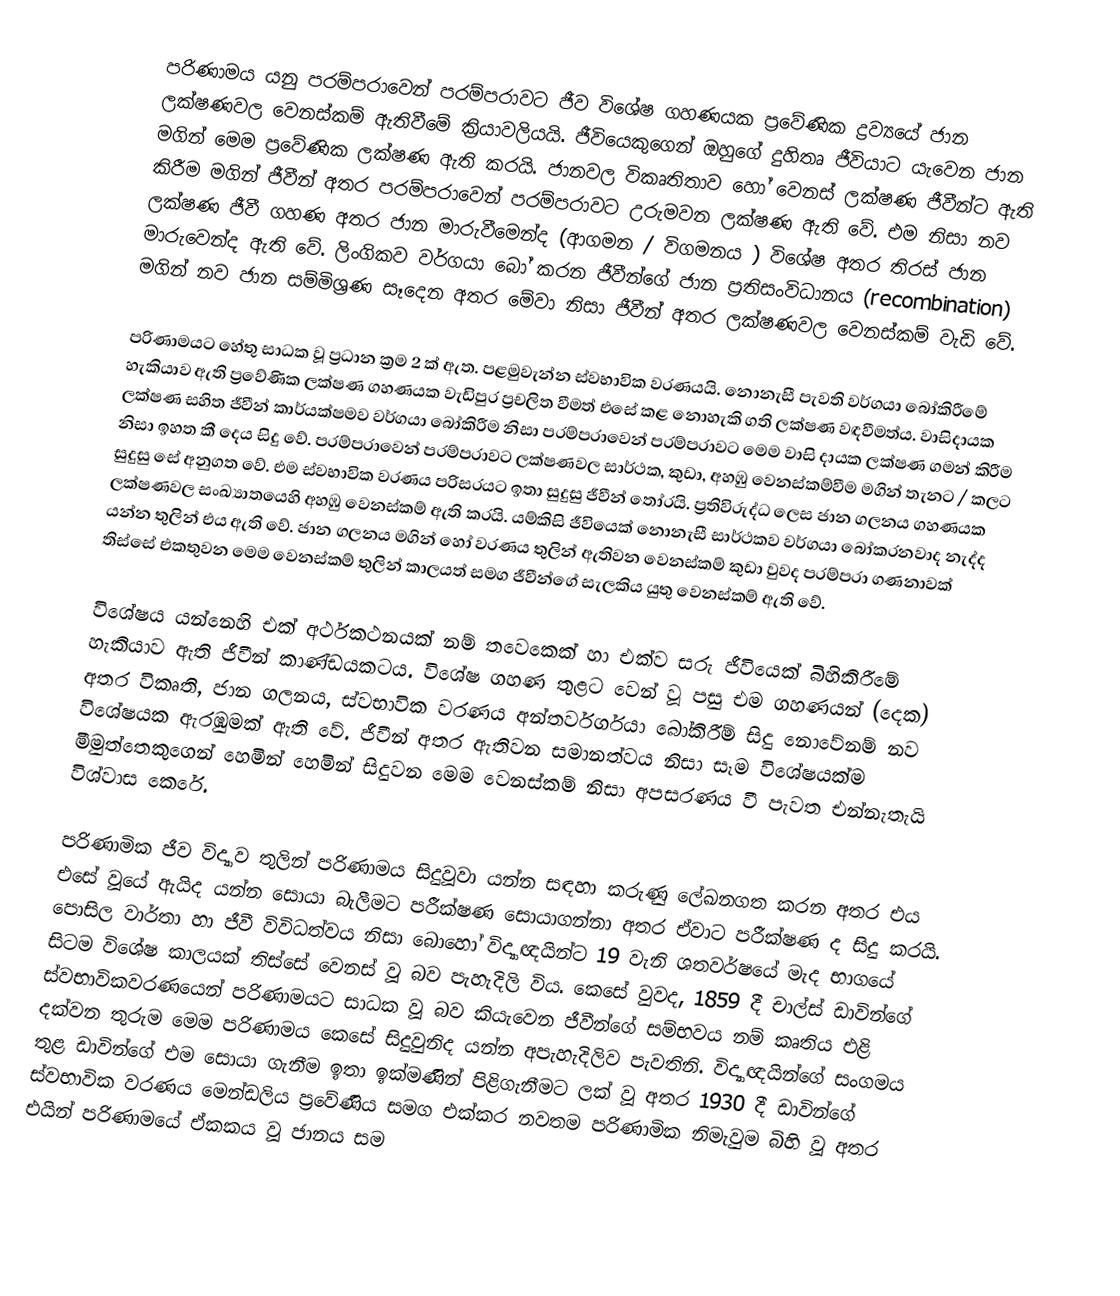
පරිණාමය යනු පරම්පරාවෙන් පරම්පරාවට ජීව විශේෂ ගහණයක ප්‍රවේණික ද්‍රව්‍යයේ ජාන ලක්ෂණවල වෙනස්කම් ඇතිවීමේ ක්‍රියාවලියයි. ජීවියෙකුගෙන් ඔහුගේ දුහිතෘ ජීවියාට යැවෙන ජාන මගින් මෙම ප්‍රවේණික ලක්ෂණ ඇති කරයි. ජානවල විකෘතිතාව හෝ වෙනස් ලක්ෂණ ජීවීන්ට ඇති කිරීම මගින් ජීවීන් අතර පරම්පරාවෙන් පරම්පරාවට උරුමවන ලක්ෂණ ඇති වේ. එම නිසා නව ලක්ෂණ ජීවී ගහණ අතර ජාන මාරුවීමෙන්ද (ආගමන / විගමනය ) විශේෂ අතර තිරස් ජාන මාරුවෙන්ද ඇති වේ. ලිංගිකව වර්ගයා බෝ කරන ජීවීන්ගේ ජාන ප්‍රතිසංවිධානය (recombination) මගින් නව ජාන සම්මිශ්‍රණ සෑදෙන අතර මේවා නිසා ජීවීන් අතර ලක්ෂණවල වෙනස්කම් වැඩි වේ.

පරිණාමයට හේතු සාධක වූ ප්‍රධාන ක්‍රම 2 ක් ඇත. පළමුවැන්න ස්වභාවික වරණයයි. නොනැසී පැවති වර්ගයා බෝකිරීමේ හැකියාව ඇති ප්‍රවේණික ලක්ෂණ ගහණයක වැඩිපුර ප්‍රචලිත වීමත් එසේ කළ නොහැකි ගති ලක්ෂණ වඳවීමත්ය. වාසිදායක ලක්ෂණ සහිත ජීවීන් කාර්යක්ෂමව වර්ගයා බෝකිරීම නිසා පරම්පරාවෙන් පරම්පරාවට මෙම වාසි දායක ලක්ෂණ ගමන් කිරීම නිසා ඉහත කී දෙය සිදු වේ. පරම්පරාවෙන් පරම්පරාවට ලක්ෂණවල සාර්ථක, කුඩා, අහඹු වෙනස්කම්වීම මගින් තැනට / කලට සුදුසු සේ අනුගත වේ. එම ස්වභාවික වරණය පරිසරයට ඉතා සුදුසු ජීවීන් තෝරයි. ප්‍රතිවිරුද්ධ ලෙස ජාන ගලනය ගහණයක ලක්ෂණවල සංඛ්‍යාතයෙහි අහඹු වෙනස්කම් ඇති කරයි. යම්කිසි ජීවියෙක් නොනැසී සාර්ථකව වර්ගයා බෝකරනවාද නැද්ද යන්න තුලින් එය  ඇති වේ. ජාන ගලනය මගින් හෝ වරණය තුලින් ඇතිවන වෙනස්කම් කුඩා වුවද පරම්පරා ගණනාවක් තිස්සේ එකතුවන මෙම වෙනස්කම් තුලින් කාලයත් සමග ජීවීන්ගේ සැලකිය යුතු වෙනස්කම් ඇති වේ.

විශේෂය යන්නෙහි එක් අර්ථකථනයක් නම් තවෙකෙක් හා එක්ව සරු ජීවියෙක් බිහිකිරීමේ හැකියාව ඇති ජීවීන් කාණ්ඩයකටය. විශේෂ ගහණ තුළට වෙන් වූ පසු එම ගහණයන් (දෙක) අතර විකෘති, ජාන ගලනය, ස්වභාවික වරණය අන්තර්වර්ගයා බෝකිරීම් සිදු නොවේනම් නව විශේෂයක ඇරඹුමක් ඇති වේ. ජීවීන් අතර ඇතිවන සමානත්වය නිසා සෑම විශේෂයක්ම මීමුත්තෙකුගෙන් හෙමින් හෙමින් සිදුවන මෙම වෙනස්කම් නිසා අපසරණය වී පැවත එන්නැතැයි විශ්වාස කෙරේ.

පරිණාමික ජීව විද්‍යාව තුලින් පරිණාමය සිදුවූවා යන්න සඳහා කරුණු ලේඛනගත කරන අතර එය එසේ වූයේ ඇයිද යන්න සොයා බැලීමට පරීක්ෂණ සොයාගන්නා අතර ඒවාට පරීක්ෂණ ද සිදු කරයි. පොසිල වාර්තා හා ජීවී විවිධත්වය නිසා බොහෝ විද්‍යාඥයින්ට 19 වැනි ශතවර්ෂයේ මැද භාගයේ සිටම විශේෂ කාලයක් තිස්සේ වෙනස් වූ බව පැහැදිලි විය. කෙසේ වුවද, 1859 දී චාල්ස් ඩාවින්ගේ ස්වභාවිකවරණයෙන් පරිණාමයට සාධක වූ බව කියැවෙන ජීවීන්ගේ සම්භවය නම් කෘතිය එළි දක්වන තුරුම මෙම පරිණාමය කෙසේ සිදුවුනිද යන්න  අපැහැදිලිව පැවතිනි. විද්‍යාඥයින්ගේ සංගමය තුළ ඩාවින්ගේ එම සොයා ගැනීම ඉතා ඉක්මණින් පිළිගැනීමට ලක් වූ අතර 1930 දී ඩාවින්ගේ ස්වභාවික වරණය මෙන්ඩලිය ප්‍රවේණිය සමග එක්කර නවතම පරිණාමික නිමැවුම බිහි වූ අතර එයින් පරිණාමයේ ඒකකය වූ ජානය සම